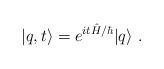
LaTeX: \begin{align*}|q,t\rangle =e^{it\hat{H}/\hbar}|q\rangle\ .\end{align*}